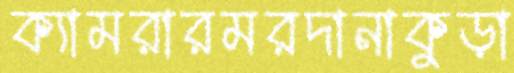
ক্যামরারমরদানাকুড়া